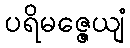
ပရိမဇ္ဇေယျံ